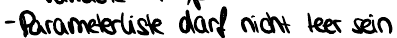
- Parameterliste darf nicht leer sein